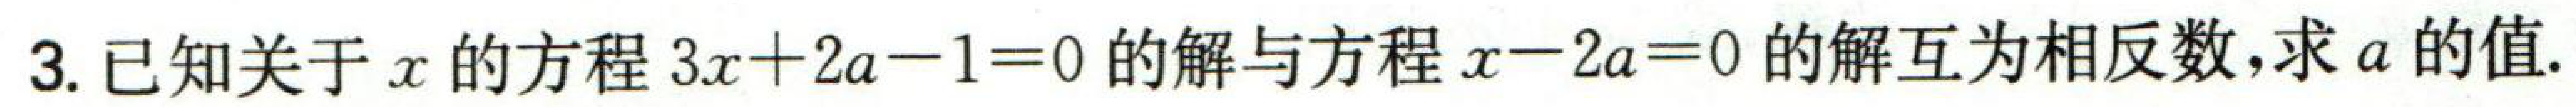
3. 已知关于\(x\)的方程\(3x + 2a - 1 = 0\)的解与方程\(x - 2a = 0\)的解互为相反数,求\(a\)的值.